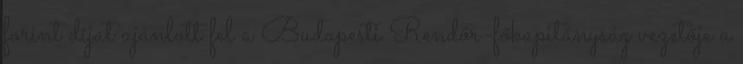
forint díjat ajánlott fel a Budapesti Rendőr-főkapitányság vezetője a